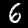
Label: 6